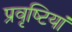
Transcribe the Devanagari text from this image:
प्रवृष्‍टियां